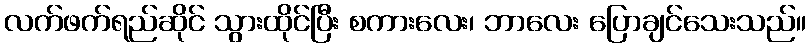
လက်ဖက်ရည်ဆိုင် သွားထိုင်ပြီး စကားလေး၊ ဘာလေး ပြောချင်သေးသည်။